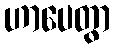
ဟာပေတွာ